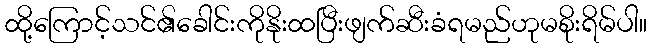
ထို့ကြောင့်သင်၏ခေါင်းကိုနိုးထပြီးဖျက်ဆီးခံရမည်ဟုမစိုးရိမ်ပါ။